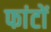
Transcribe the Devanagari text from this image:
फांटों